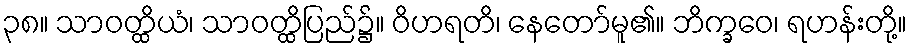
၃၈။ သာဝတ္ထိယံ၊ သာဝတ္ထိပြည်၌။ ဝိဟရတိ၊ နေတော်မူ၏။ ဘိက္ခဝေ၊ ရဟန်းတို့။